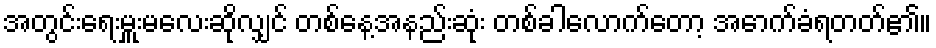
အတွင်းရေးမှူးမလေးဆိုလျှင် တစ်နေ့အနည်းဆုံး တစ်ခါလောက်တော့ အောက်ခံရတတ်၏။